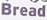
Bread